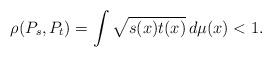
LaTeX: \begin{align*}\rho(P_{s},P_{t})=\int\sqrt{s(x)t(x)}\,d\mu(x)<1.\end{align*}